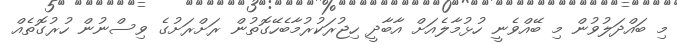
މި ބައްދަލުވުން މި ބޭއްވެނީ ހުޅުމާލެއަށް އާބާދީ ހިޖުރަކުރުމާބެހޭގޮތުން ރަށްރަށުގެ ވިސްނުން ހުރުގޮތެއް